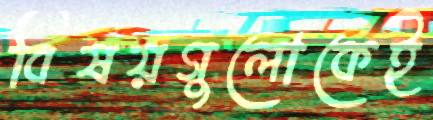
বিষয়গুলোকেই